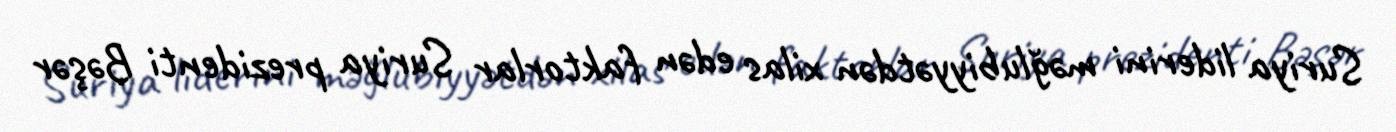
Suriya liderini məğlubiyyətdən xilas edən faktorlar Suriya prezidenti Bəşər